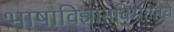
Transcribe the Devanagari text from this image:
भाषाविज्ञानविभागाचे